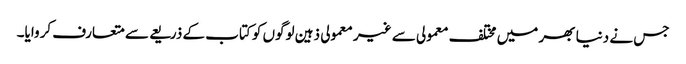
جس نے دنیا بھر میں مختلف معمولی سے غیر معمولی ذہین لوگوں کو کتاب کے ذریعے سے متعارف کروایا۔